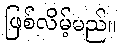
ဖြစ်လိမ့်မည်။